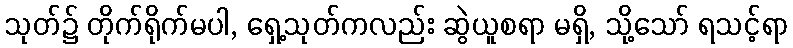
သုတ်၌ တိုက်ရိုက်မပါ, ရှေ့သုတ်ကလည်း ဆွဲယူစရာ မရှိ, သို့သော် ရသင့်ရာ